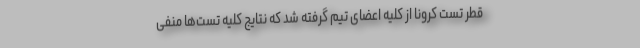
قطر تست کرونا از کلیه اعضای تیم گرفته شد که نتایج کلیه تست‌ها منفی